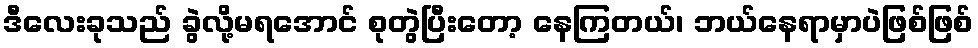
ဒီလေးခုသည် ခွဲလို့မရအောင် စုတွဲပြီးတော့ နေကြတယ်၊ ဘယ်နေရာမှာပဲဖြစ်ဖြစ်